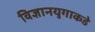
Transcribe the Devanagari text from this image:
विज्ञानयुगाकडे